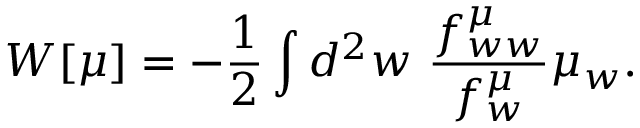
W [ \mu ] = - { \frac { 1 } { 2 } } \int d ^ { 2 } w \, \, { \frac { f _ { w w } ^ { \mu } } { f _ { w } ^ { \mu } } } \mu _ { w } .